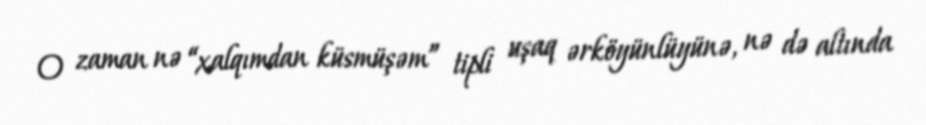
O zaman nə “xalqımdan küsmüşəm” tipli uşaq ərköyünlüyünə, nə də altında